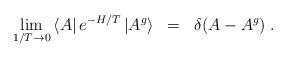
LaTeX: \begin{align*}\lim_{1/T\rightarrow0}\left< A\right| e^{-H/T}\left|A^g\right>\; \; = \; \; \delta(A-A^g) \; .\end{align*}